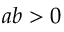
a b > 0